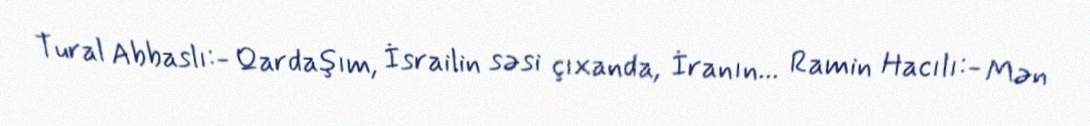
Tural Abbaslı:- Qardaşım, İsrailin səsi çıxanda, İranın... Ramin Hacılı:- Mən